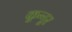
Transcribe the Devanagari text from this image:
कून्‍नूर